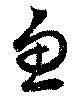
魚